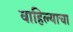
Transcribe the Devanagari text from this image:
वाहिल्याचा